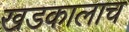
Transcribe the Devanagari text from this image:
खडकालाच